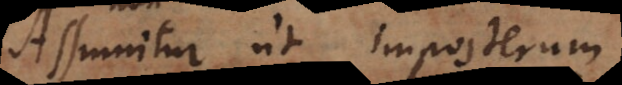
Assumitur ut imposterum